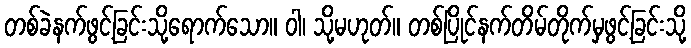
တစ်ခဲနက်ဖွင့်ခြင်းသို့ရောက်သော။ ဝါ၊ သို့မဟုတ်။ တစ်ပြိုင်နက်တိမ်တိုက်မှဖွင့်ခြင်းသို့